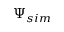
\Psi _ { s i m }